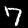
Digit: 7